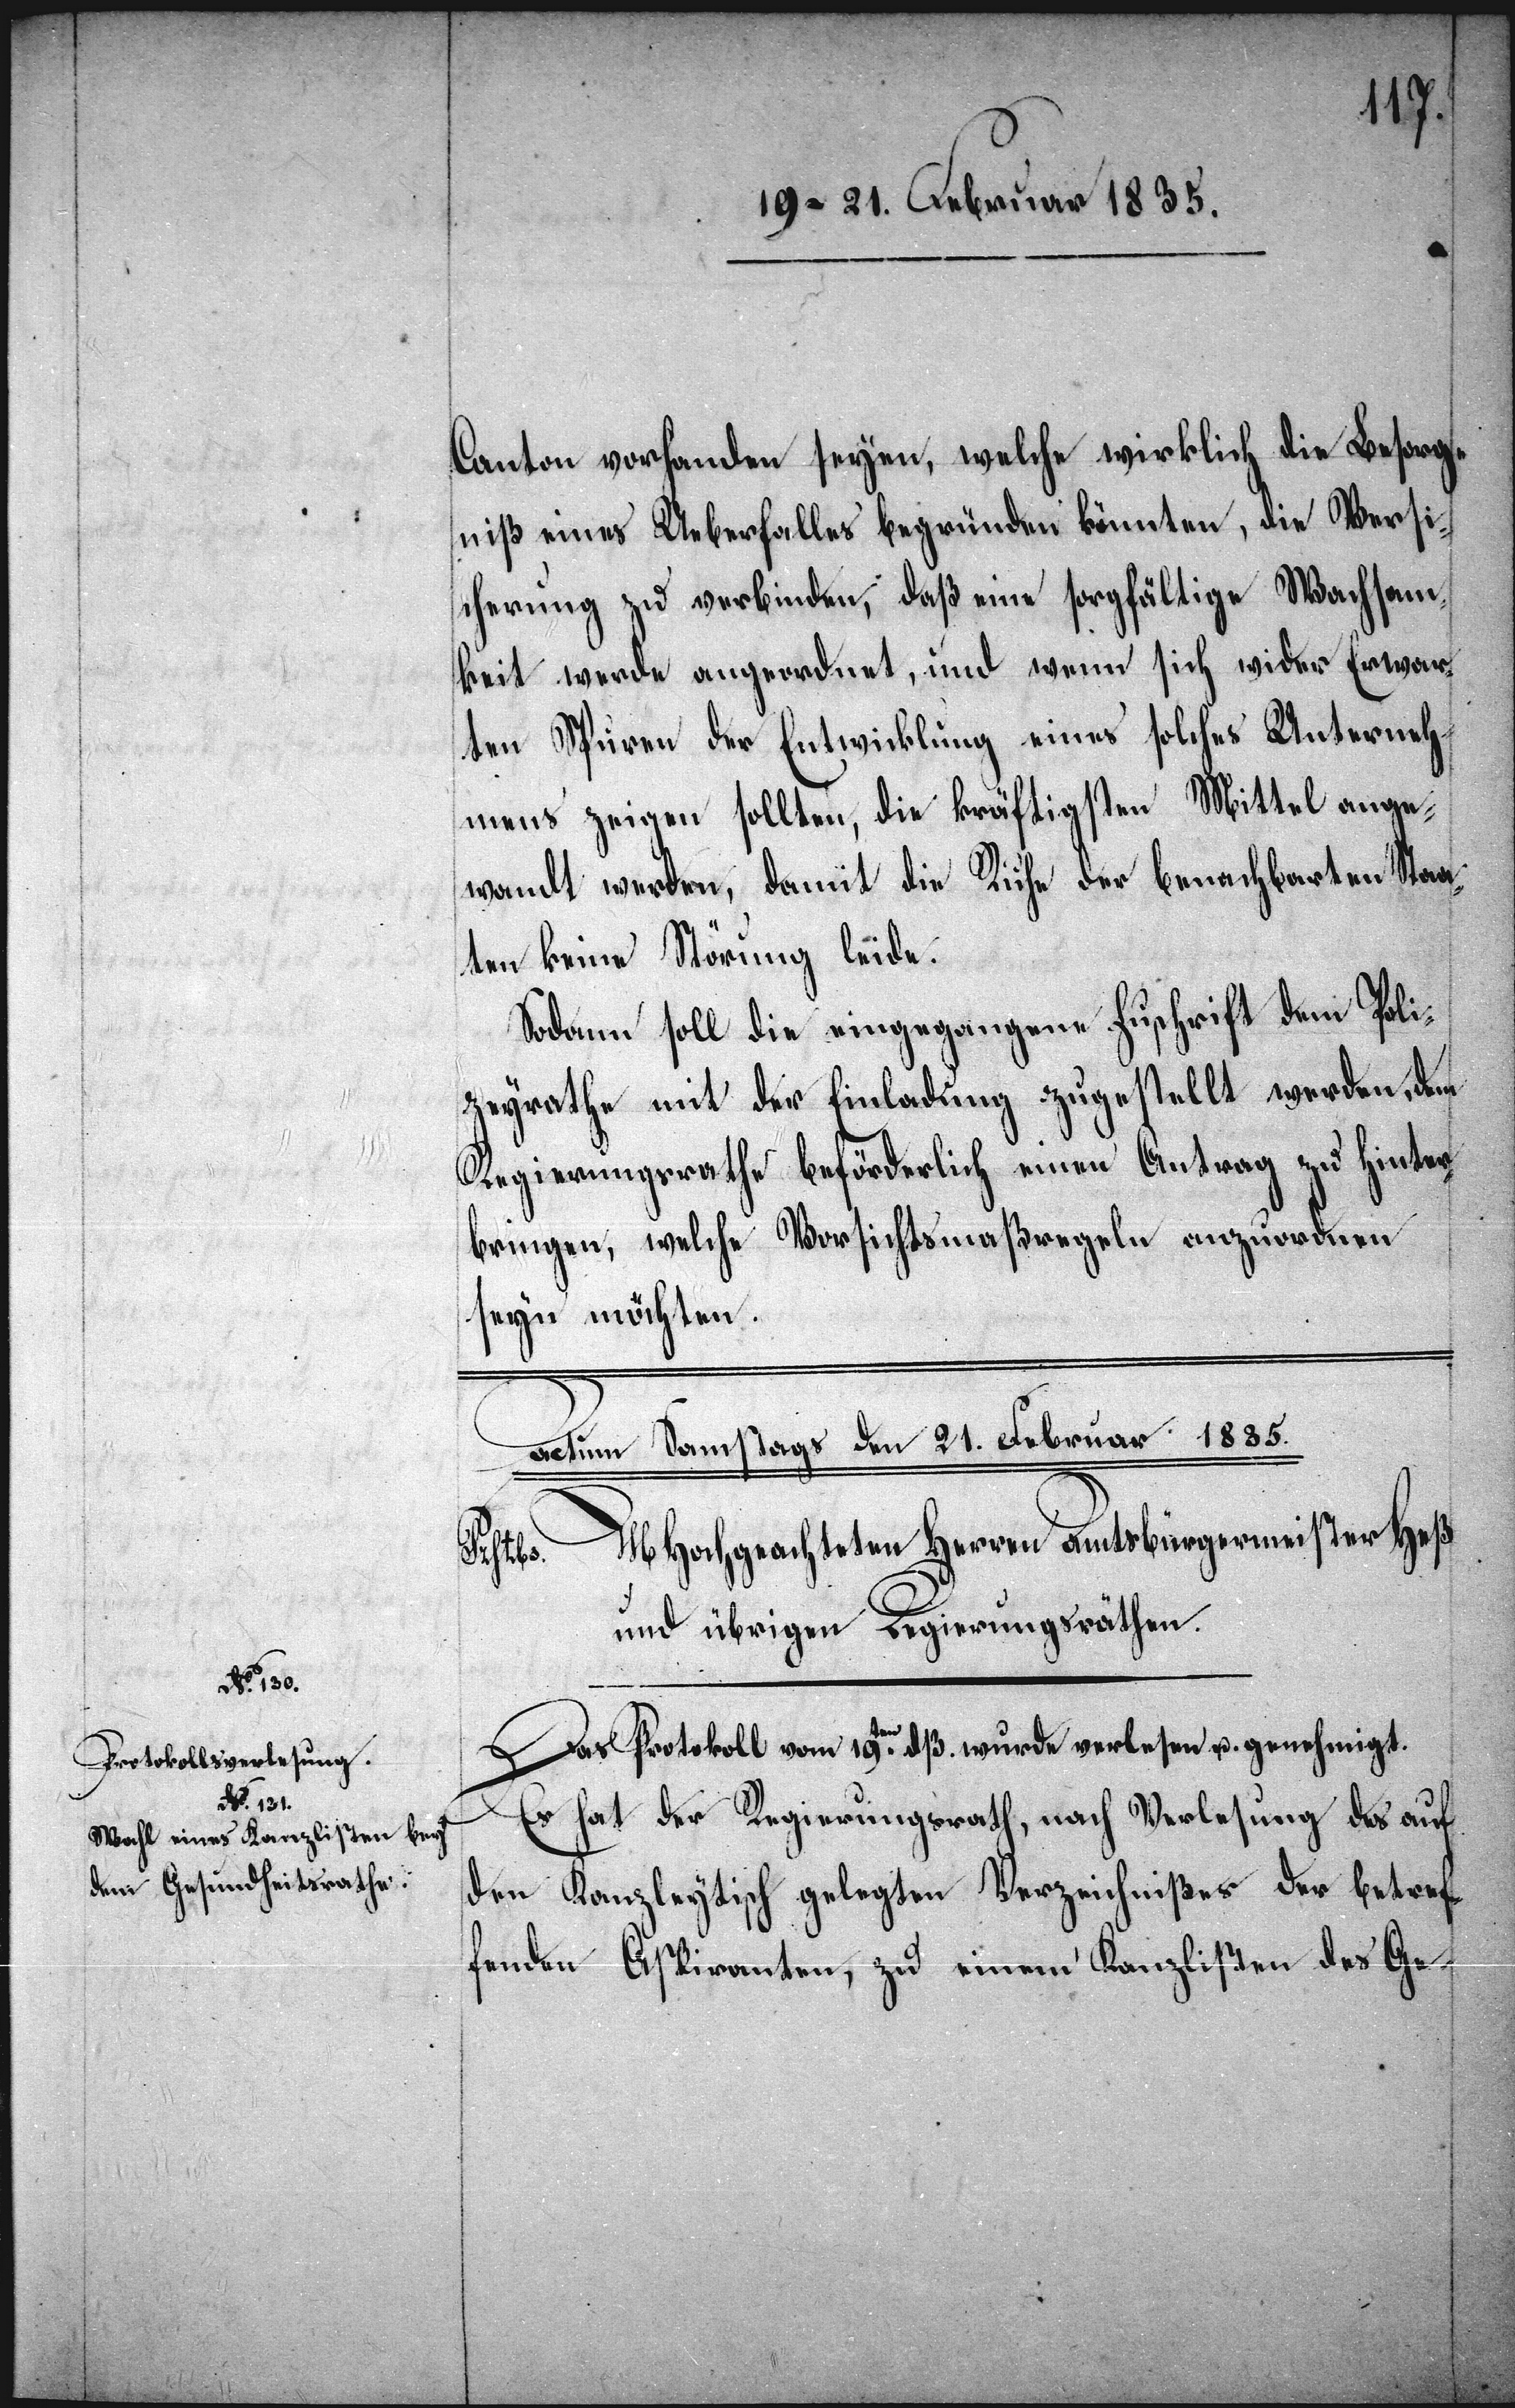
Canton vorhanden seyen, welche wirklich die Besorg¬
niß eines Ueberfalles begründen könnten, die Versi¬
cherung zu verbinden, daß eine sorgfältige Wachsam¬
keit werde angeordnet, und wenn sich wider Erwar¬
ten Spuren der Entwicklung eines solches Unterneh¬
mens zeigen sollten, die kräftigsten Mittel ange¬
wandt werden, damit die Ruhe der benachbarten Staa¬
ten keine Störung leide.
Sodann soll die eingegangene Zuschrift dem Poli¬
zeyrathe mit der Einladung zugestellt werden, dem
Regierungsrathe beförderlich einen Antrag zu hinter¬
bringen, welche Vorsichtsmaßregeln anzuordnen
seyn möchten.
Das Protokoll vom 19ten dß. wurde verlesen und genehmigt.
Es hat der Regierungsrath, nach Verlesung des auf
den Kanzleytisch gelegten Verzeichnißes der betref¬
fenden Aspiranten, zu einem Kanzlisten des Ge-